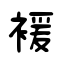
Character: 褑